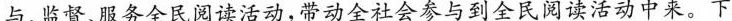
与、监督、服务全民阅读活动，带动全社会参与到全民阅读活动中来。下